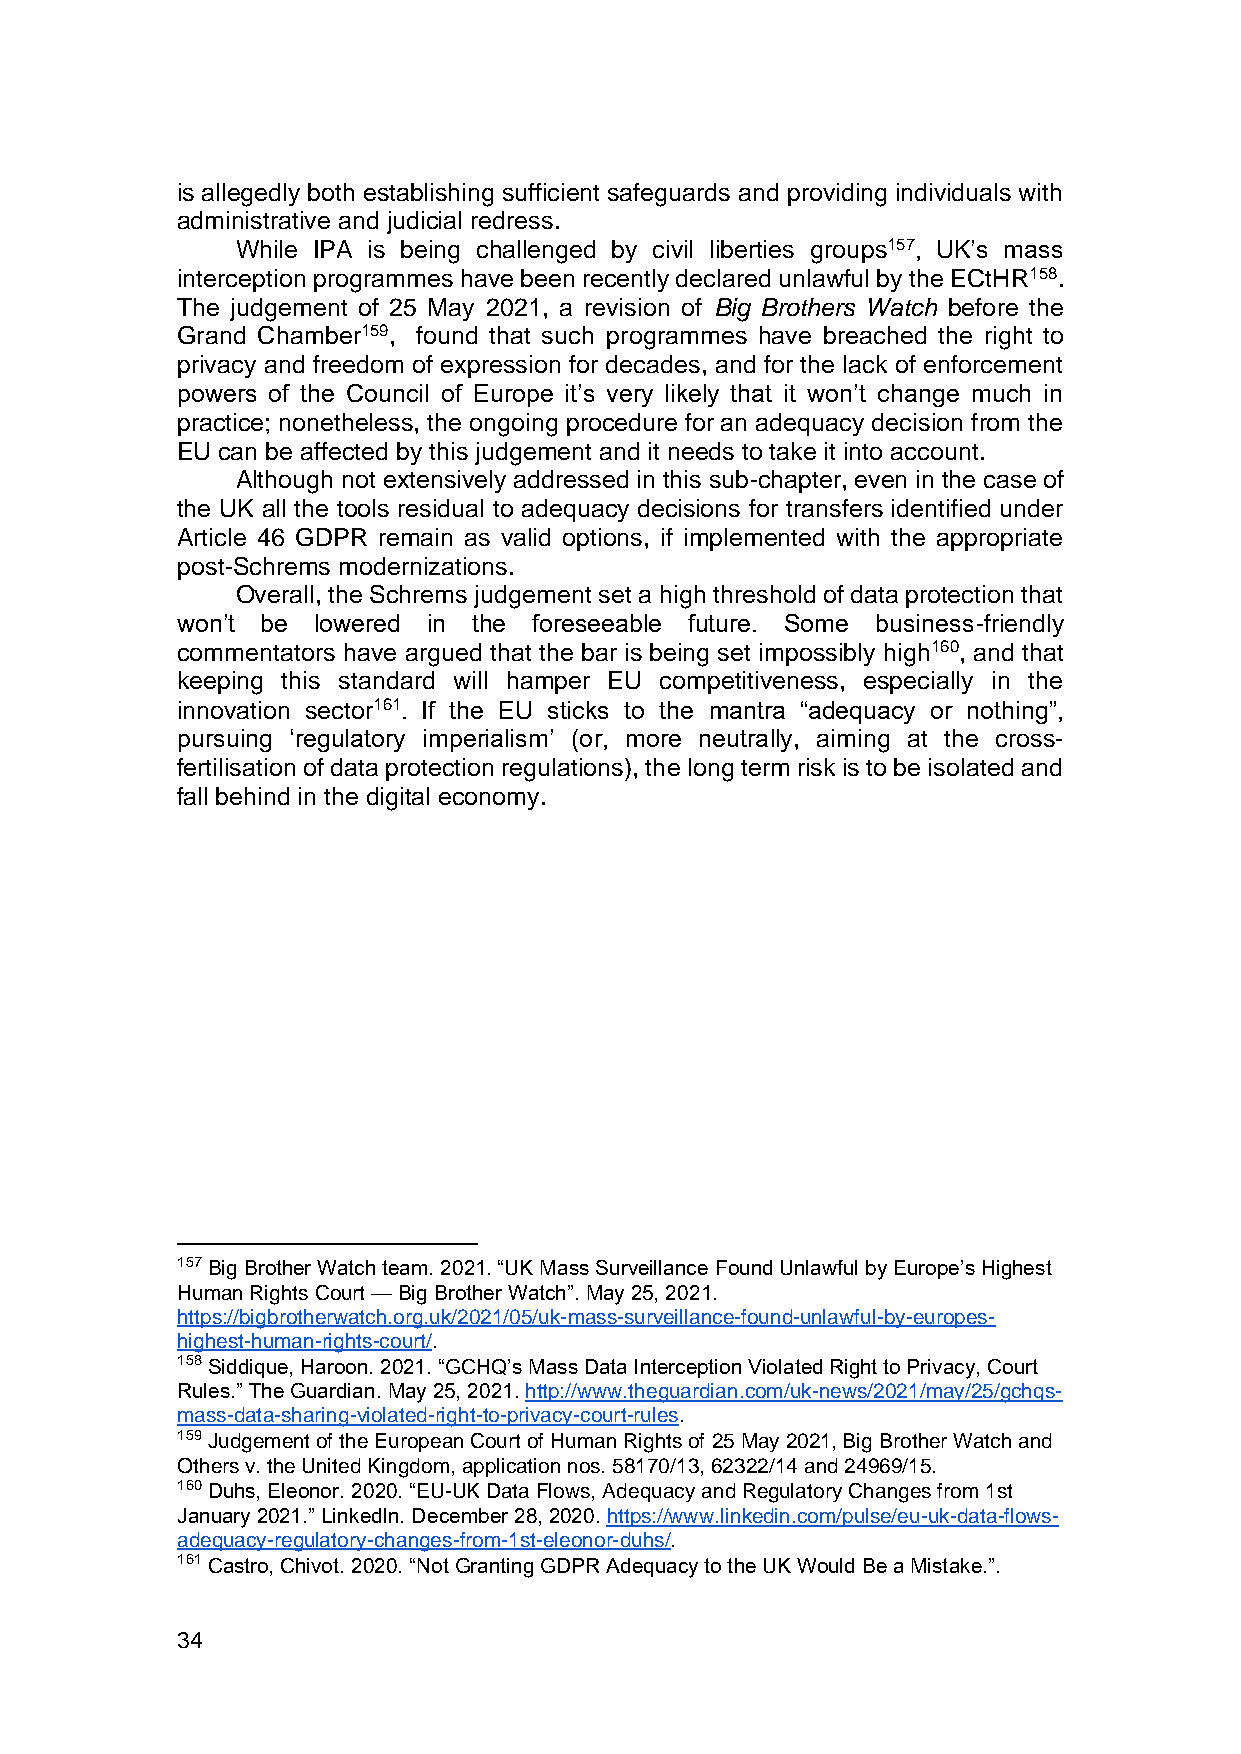
is allegedly both establishing sufficient safeguards and providing individuals with
 administrative and judicial redress.
 While IPA is being challenged by civil liberties groups157, UK’s mass
 interception programmes have been recently declared unlawful by the ECtHR158.
 The judgement of 25 May 2021, a revision of Big Brothers Watch before the
 Grand Chamber159, found that such programmes have breached the right to
 privacy and freedom of expression for decades, and for the lack of enforcement
 powers of the Council of Europe it’s very likely that it won’t change much in
 practice; nonetheless, the ongoing procedure for an adequacy decision from the
 EU can be affected by this judgement and it needs to take it into account.
 Although not extensively addressed in this sub-chapter, even in the case of
 the UK all the tools residual to adequacy decisions for transfers identified under
 Article 46 GDPR remain as valid options, if implemented with the appropriate
 post-Schrems modernizations.
 Overall, the Schrems judgement set a high threshold of data protection that
 won’t be lowered in the foreseeable future. Some business-friendly
 commentators have argued that the bar is being set impossibly high160, and that
 keeping this standard will hamper EU competitiveness, especially in the
 innovation sector161. If the EU sticks to the mantra “adequacy or nothing”,
 pursuing ‘regulatory imperialism’ (or, more neutrally, aiming at the cross-
 fertilisation of data protection regulations), the long term risk is to be isolated and
 fall behind in the digital economy.
 157 Big Brother Watch team. 2021. “UK Mass Surveillance Found Unlawful by Europe’s Highest
 Human Rights Court — Big Brother Watch”. May 25, 2021.
 https://bigbrotherwatch.org.uk/2021/05/uk-mass-surveillance-found-unlawful-by-europes-
 highest-human-rights-court/.
 158 Siddique, Haroon. 2021. “GCHQ’s Mass Data Interception Violated Right to Privacy, Court
 Rules.” The Guardian. May 25, 2021. http://www.theguardian.com/uk-news/2021/may/25/gchqs-
 mass-data-sharing-violated-right-to-privacy-court-rules.
 159 Judgement of the European Court of Human Rights of 25 May 2021, Big Brother Watch and
 Others v. the United Kingdom, application nos. 58170/13, 62322/14 and 24969/15.
 160 Duhs, Eleonor. 2020. “EU-UK Data Flows, Adequacy and Regulatory Changes from 1st
 January 2021.” LinkedIn. December 28, 2020. https://www.linkedin.com/pulse/eu-uk-data-flows-
 adequacy-regulatory-changes-from-1st-eleonor-duhs/.
 161 Castro, Chivot. 2020. “Not Granting GDPR Adequacy to the UK Would Be a Mistake.”.
 34